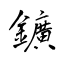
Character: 鑛